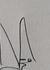
Signature authenticity: genuine